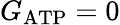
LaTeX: G_{\mathrm{ATP}}=0